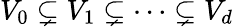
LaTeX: V_{0}\subsetneq V_{1}\subsetneq\cdots\subsetneq V_{d}